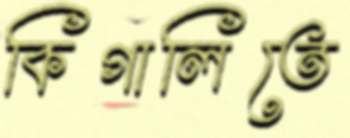
কিগালিতে